Sketch of the medical history of the native army of Bombay, for the year
Year: 1870
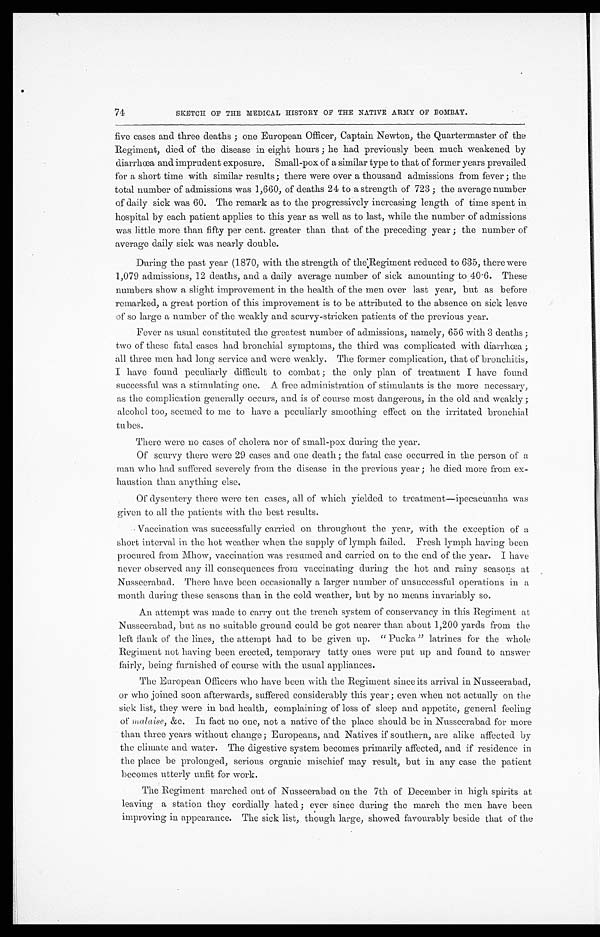
74
SKETCH OF THE MEDICAL HISTORY OF THE NATIVE ARMY OF BOMBAY.
five cases and three deaths; one European Officer, Captain Newton, the Quartermaster of the
Regiment, died of the disease in eight hours; he had previously been much weakened by
diarrhœa and imprudent exposure. Small-pox of a similar type to that of former years prevailed
for a short time with similar result; there were over a thousand admissions from fever; the
total number of admissions was 1,660, of deaths 24 to a strength of 723; the average number
of daily sick was 60. The remark as to the progressively increasing length of time spent in
hospital by each patient applies to this year as well as to last, while the number of admissions
was little more than fifty per cent. greater than that of the preceding year; the number of
average daily sick was nearly double.
During the past year (1870, with the strength of the Regiment reduced to 635, there were
1,079 admissions, 12 deaths, and a daily average number of sick amounting to 40.6. These
numbers show a slight improvement in the health of the men over last year, but as before
remarked, a great portion of this improvement is to be attributed to the absence on sick leave
of so large a number of the weakly and scurvy-stricken patients of the previous year.
Fever as usual constituted the greatest number of admissions, namely, 656 with 3 deaths;
two of these fatal cases had bronchial symptoms, the third was complicated with diarrhœa
all. three men had long service and were weakly. The former complication, that of bronchitis,
I have found peculiarly difficult to combat; the only plan of treatment I have found
successful was a stimulating one. A free administration of stimulants is the more necessary,
as the complication generally occurs, and is of course most dangerous, in the old and weakly;
alcohol too, seemed to me to have a peculiarly smoothing effect on the irritated bronchial
tubes.
There were no cases of cholera nor of small-pox during the year.
Of scurvy there were 29 cases and one death; the fatal case occurred in the person of a
man who had suffered severely from the disease in the previous year; he died more from ex
-haustion than anything else.
Of dysentery there were ten cases, all of which yielded to treatment—ipecacuanha was
given to all the patients with the best results.
Vaccination was successfully carried on throughout the year, with the exception of a
short interval in the hot weather when the supply of lymph failed. Fresh lymph having been
procured from Mhow, vaccination was resumed and carried on to the end of the year. I have
never observed any ill consequences from vaccinating during the hot and rainy seasons at
Nusseerabad. There have been occasionally a larger number of unsuccessful operations in a
month during these seasons than in the cold weather, but by no means invariably so.
An attempt was made to carry out the trench system of conservancy in this Regiment at
Nusseerabad, but as no suitable ground could be got nearer than about 1,200 yards from the
left flank of the lines, the attempt had to be given up. " Pucka " latrines for the whole
Regiment not having been erected, temporary tatty ones were put up and found to answer
fairly, being furnished of course with the usual appliances.
The European Officers who have been with the Regiment since its arrival in Nusseerabad,
or who joined soon afterwards, suffered considerably this year; even when not actually on the
sick list, they were in bad health, complaining of loss of sleep and appetite, general feeling
of malaise, &c. In fact no one, not a native of the place should be in Nusseerabad for more
than three years without change; Europeans, and Natives if southern, are alike affected by
the climate and water. The digestive system becomes primarily affected, and if residence in
the place be prolonged, serious organic mischief may result, but in any case the patient
becomes utterly, unfit for work.
The Regiment marched out of Nusseerabad on the 7th of December in high spirits at
leaving a station they cordially hated; ever since during the march the men have been
improving in appearance. The sick list, though large, showed favourably beside that of the